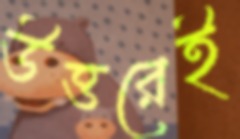
উত্তরেই